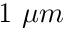
1 ~ \mu m